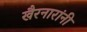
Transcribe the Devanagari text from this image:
खैरनारांनी